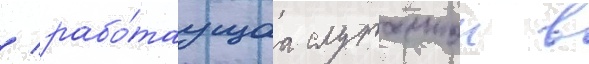
/ рабо́таущаа служанкои в